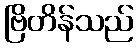
ဗြိတိန်သည်